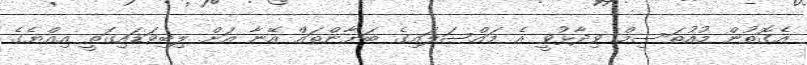
އެގޮތުން މުއުތަސިމް ވިދާޅުވީ އެ މައްސަލައިގެ ބަޔާންތައް އޭނާ އަށް ލިބިވަޑައިގަތީ އިއްޔެގެ